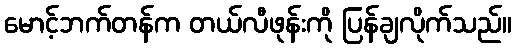
မောင့်ဘက်တန်က တယ်လီဖုန်းကို ပြန်ချလိုက်သည်။